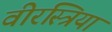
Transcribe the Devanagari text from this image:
वीरस्त्रिया